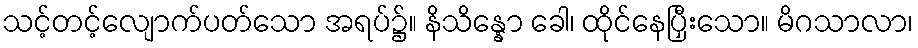
သင့်တင့်လျောက်ပတ်သော အရပ်၌။ နိသိန္နော ခေါ၊ ထိုင်နေပြှီးသော။ မိဂသာလာ၊